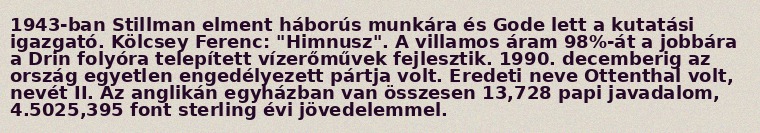
1943-ban Stillman elment háborús munkára és Gode lett a kutatási igazgató. Kölcsey Ferenc: "Himnusz". A villamos áram 98%-át a jobbára a Drin folyóra telepített vízerőművek fejlesztik. 1990. decemberig az ország egyetlen engedélyezett pártja volt. Eredeti neve Ottenthal volt, nevét II. Az anglikán egyházban van összesen 13,728 papi javadalom, 4.5025,395 font sterling évi jövedelemmel.